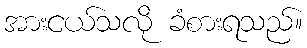
အားငယ်သလို ခံစားရသည်။